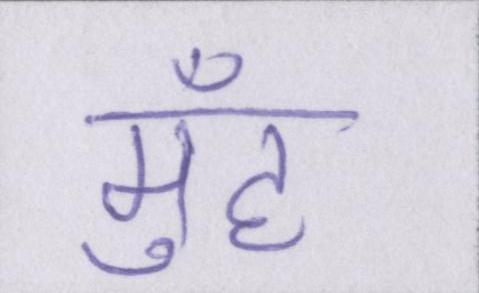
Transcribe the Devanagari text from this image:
मुँह